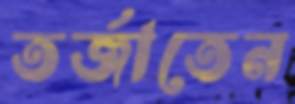
তর্জাতেন